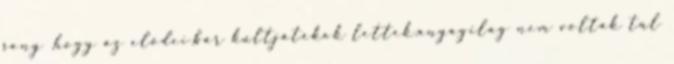
sony ,hogy az elődei,bár kultjátékok lettek,anyagilag nem voltak túl